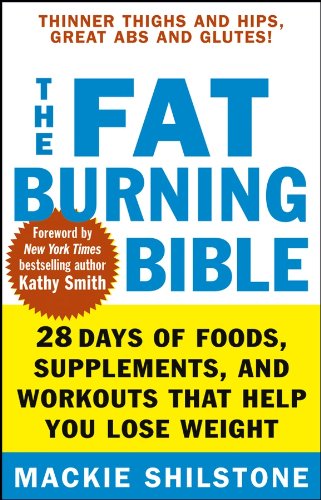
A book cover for The Fat-Burning Bible: 28 Days of Foods, Supplements, and Workouts that Help You Lose Weight; Mackie Shilstone; Health, Fitness & Dieting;